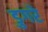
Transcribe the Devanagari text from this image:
डुगरे